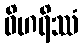
ဝိဟရိဿံ